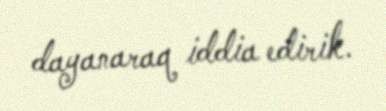
dayanaraq iddia edirik.